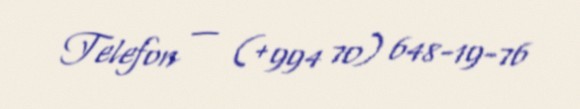
Telefon — (+994 70) 648-19-76